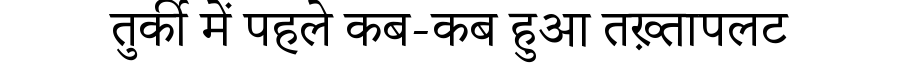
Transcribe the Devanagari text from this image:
तुर्की में पहले कब-कब हुआ तख़्तापलट